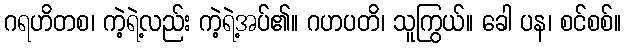
ဂရဟိတစ၊ ကဲ့ရဲ့လည်း ကဲ့ရဲ့အပ်၏။ ဂဟပတိ၊ သူကြွယ်။ ခေါ ပန၊ စင်စစ်။